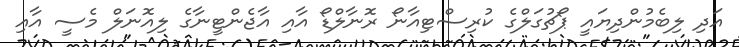
އަދި ލިބެމުންދިޔައީ ޕޯޗުގަލްގެ ކުރިސްޓިއާނޯ ރޮނާލްޑޯ އާއި އާޖެންޓީނާގެ ލިއޮނަލް މެސީ އާއި